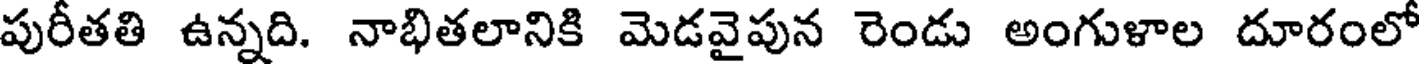
పురీతతి ఉన్నది. నాభితలానికి మెడవైపున రెండు అంగుళాల దూరంలో